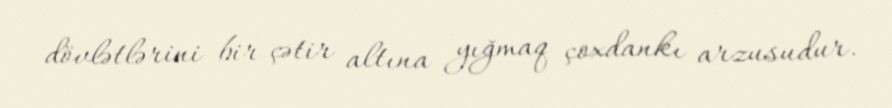
dövlətlərini bir çətir altına yığmaq çoxdankı arzusudur.